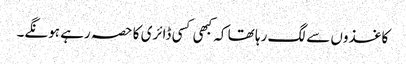
کاغذوں سے لگ رہا تھا کہ کبھی کسی ڈائری کا حصہ رہے ہونگے۔